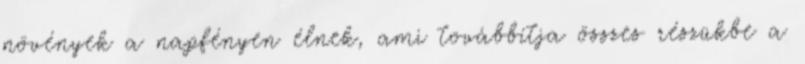
növények a napfényen élnek, ami továbbítja összes részükbe a